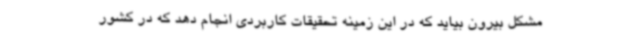
مشکل بیرون بیاید که در این زمینه تحقیقات کاربردی انجام دهد که در کشور